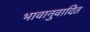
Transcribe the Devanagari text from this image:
भावानुवादित